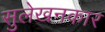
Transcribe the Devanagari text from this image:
सुलेखनकार